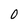
Character: 0